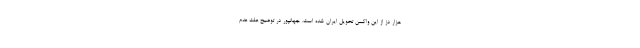
هزار دز از این واکسن تحویل ایران شده است. جهانپور در توضیح علت عدم